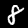
Digit: 8